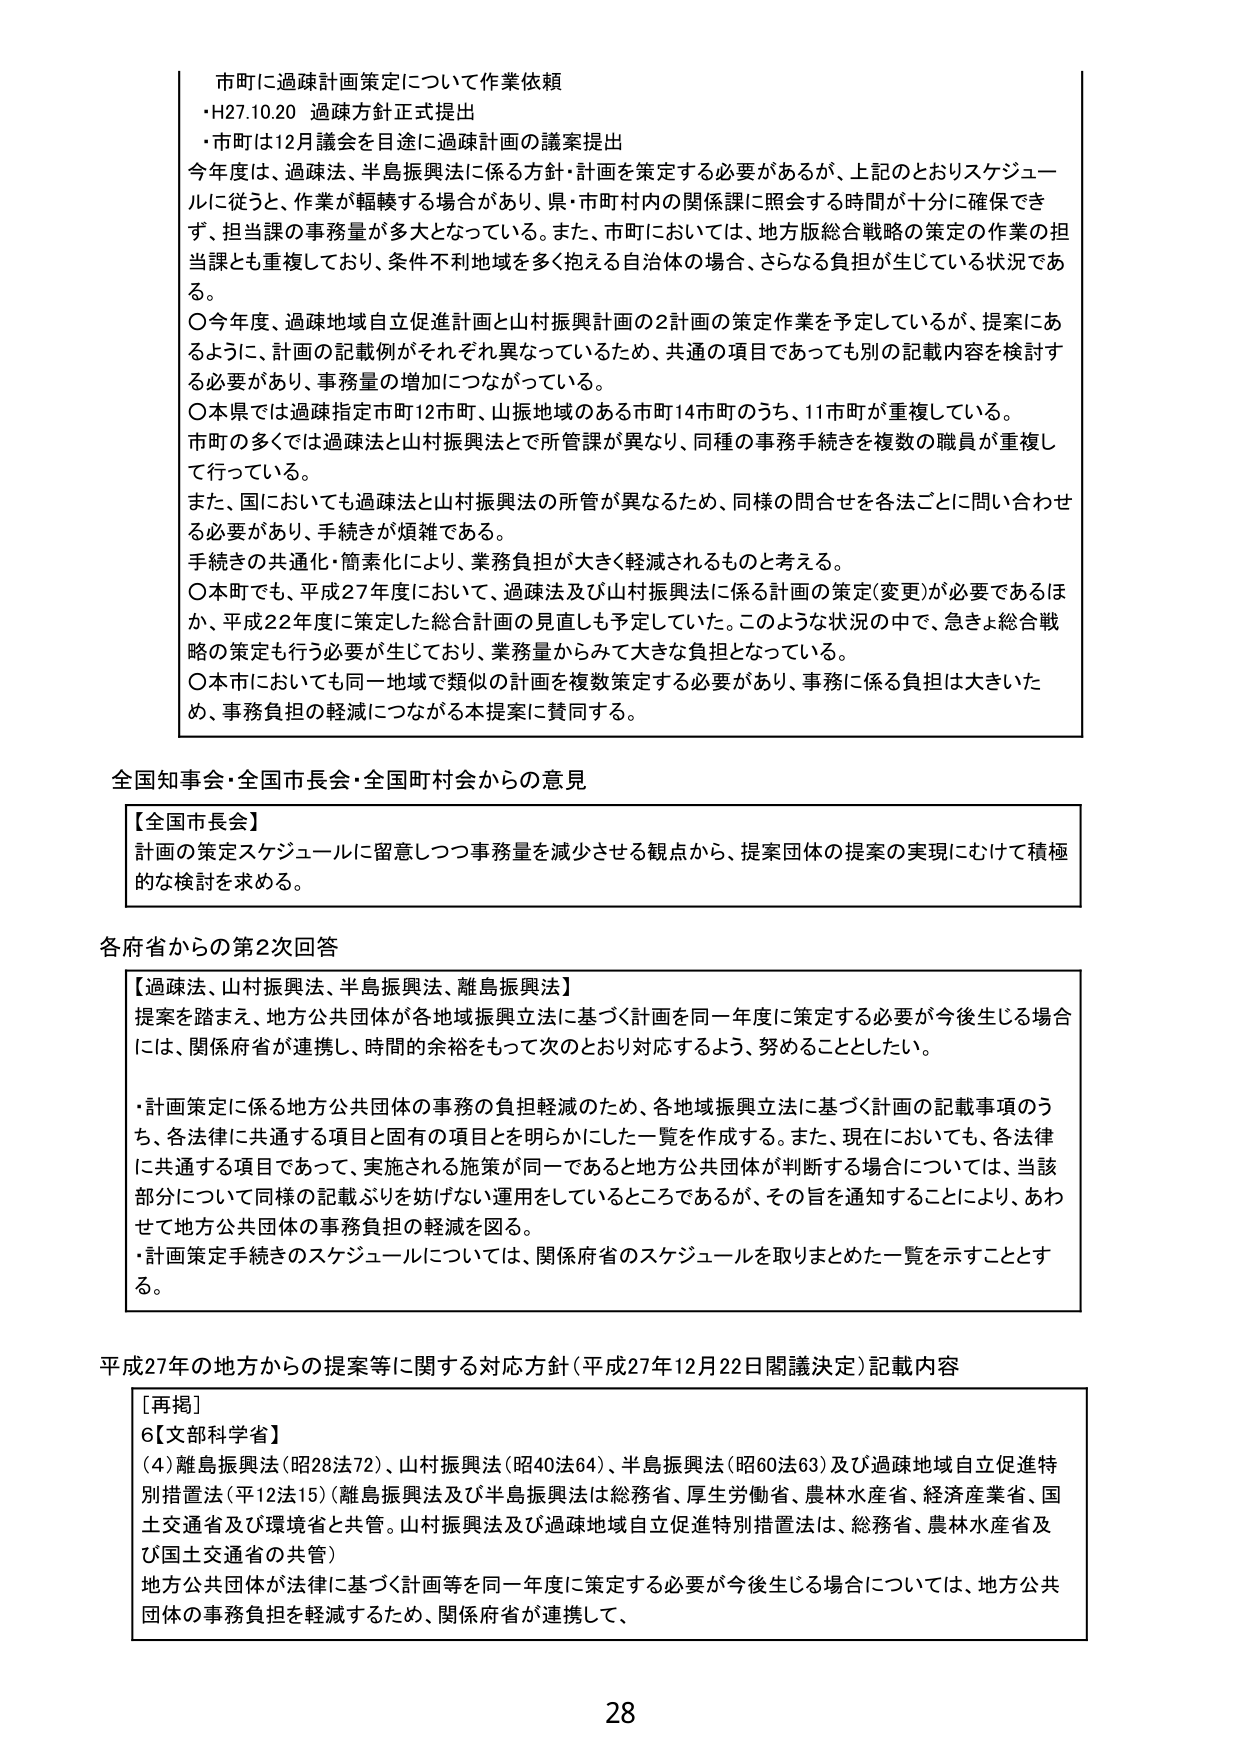
市町に過疎計画策定について作業依頼
・H27.10.20 過疎方針正式提出
・市町は12月議会を目途に過疎計画の議案提出

今年度は、過疎法、半島振興法に係る方針・計画を策定する必要があるが、上記のとおりスケジュールに従うと、作業が軽疎する場合があり、県・市町村内の関係課に照会する時間が十分に確保できず、担当課の事務量が多大となっている。また、市町においては、地方版総合戦略の策定の作業の担当課とも重複しており、条件不利地域を多く抱える自治体の場合、さらなる負担が生じている状況である。

〇今年度、過疎地域自立促進計画と山村振興計画の2計画の策定作業を予定しているが、提案にあるように、計画の記載例がそれぞれ異なっているため、共通の項目であっても別の記載内容を検討する必要があり、事務量の増加につながっている。

〇本県では過疎指定市町12市町、山振地域のある市町14市町のうち、11市町が重複している。市町の多くでは過疎法と山村振興法とで所管課が異なり、同種の事務手続きを複数の職員が重複して行っている。

また、国においても過疎法と山村振興法の所管が異なるため、同様の問合せを各法ごとに問い合わせる必要があり、手続きが煩雑である。

手続きの共通化・簡素化により、業務負担が大きく軽減されるものと考える。

〇本町でも、平成27年度において、過疎法及び山村振興法に係る計画の策定(変更)が必要であるほか、平成22年度に策定した総合計画の見直しも予定していた。このような状況の中で、急きょ総合戦略の策定も行う必要が生じており、業務量からみて大きな負担となっている。

〇本市においても同一地域で類似の計画を複数策定する必要があり、事務に係る負担は大きいため、事務負担の軽減につながる本提案に賛同する。

全国知事会・全国市長会・全国町村会からの意見

【全国市長会】
計画の策定スケジュールに留意しつつ事務量を減少させる観点から、提案団体の提案の実現にむけて積極的な検討を求める。

各府省からの第2次回答

【過疎法、山村振興法、半島振興法、離島振興法】
提案を踏まえ、地方公共団体が各地域振興立法に基づく計画を同一年度に策定する必要が今後生じる場合には、関係府省が連携し、時間の余裕をもって次のとおり対応するよう、努めることとしたい。

・計画策定に係る地方公共団体の事務の負担軽減のため、各地域振興立法に基づく計画の記載事項のうち、各法律に共通する項目と固有の項目を明らかにした一覧を作成する。また、現在においても、各法律に共通する項目であって、実施される施策が同一であると地方公共団体が判断する場合については、当該部分について同様の記載ぶりを妨げない運用をしているところであるが、その旨を通知することにより、あわせて地方公共団体の事務負担の軽減を図る。

・計画策定手続きのスケジュールについては、関係府省のスケジュールを取りまとめた一覧を示すこととする。

平成27年の地方からの提案等に関する対応方針（平成27年12月22日閣議決定）記載内容

［再掲］
6【文部科学省】
(4) 離島振興法（昭28法72）、山村振興法（昭40法64）、半島振興法（昭60法63）及び過疎地域自立促進特別措置法（平12法15）（離島振興法及び半島振興法は総務省、厚生労働省、農林水産省、経済産業省、国土交通省及び環境省と共管。山村振興法及び過疎地域自立促進特別措置法は、総務省、農林水産省及び国土交通省の共管）

地方公共団体が法律に基づく計画等を同一年度に策定する必要が今後生じる場合については、地方公共団体の事務負担を軽減するため、関係府省が連携して、

28